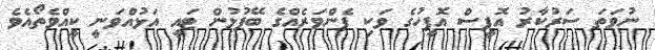
ނުވަތަ ސަރުކާރު އޮފީސް އޮފީހުގެ ވަކި ފެންވަރެއްގެ ބޭފުޅުން ޓައީ އަޅުއްވަނީ ކީއްވެތޯއެވެ